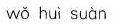
wǒ huì suàn